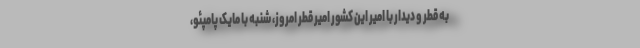
به قطر و دیدار با امیر این کشور امیر قطر امروز، شنبه با مایک پامپئو،